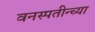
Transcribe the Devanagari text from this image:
वनस्पतीन्च्या